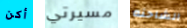
أكن مسيرتي الشاحنه